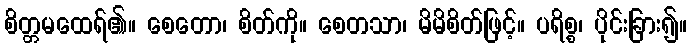
စိတ္တမထေရ်၏။ စေတော၊ စိတ်ကို။ စေတသာ၊ မိမိစိတ်ဖြင့်။ ပရိစ္စ၊ ပိုင်းခြား၍။